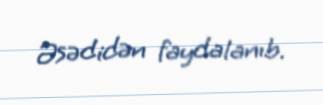
Əsədidən faydalanıb.